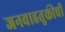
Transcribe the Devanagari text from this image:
जनवाहतुकीची